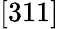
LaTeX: [311]